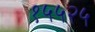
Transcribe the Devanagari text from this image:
१५५२५